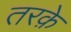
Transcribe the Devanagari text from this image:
तरक़े